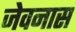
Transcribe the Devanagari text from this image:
जेवनास